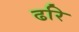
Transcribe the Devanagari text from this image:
ढरि